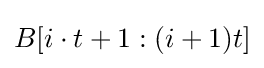
B[i\cdot t+1:(i+1)t]